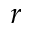
r